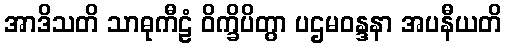
အာဒိသတိ သာဓုကီဠံ ဝိက္ခိပိတွာ ပဌမဝန္ဒနာ အပနီယတိ